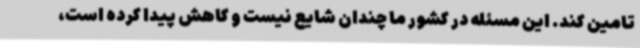
تامین کند. این مسئله در کشور ما چندان شایع نیست و کاهش پیدا کرده است،